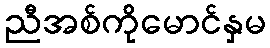
ညီအစ်ကိုမောင်နှမ